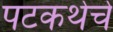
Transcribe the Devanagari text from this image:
पटकथेचे